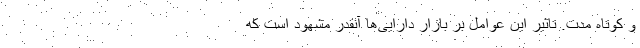
و کوتاه مدت. تاثیر این عوامل بر بازار دارایی‌ها آنقدر مشهود است که